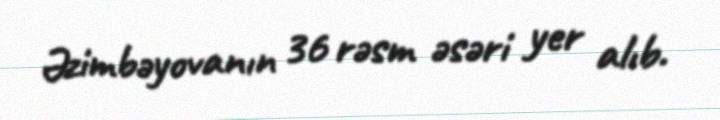
Əzimbəyovanın 36 rəsm əsəri yer alıb.